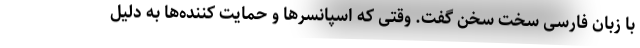
با زبان فارسی سخت سخن گفت. وقتی که اسپانسرها و حمایت کننده‌ها به دلیل